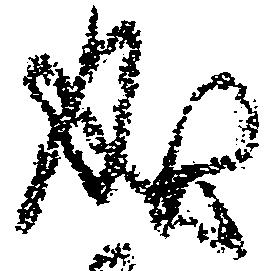
成